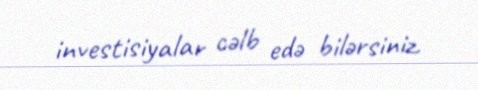
investisiyalar cəlb edə bilərsiniz.